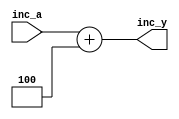
/***********/
/* plus4.v */
/***********/

//              +----+
// inc_a[31:0]->|    |->inc_y[31:0]
//              +----+

module plus4 (inc_a, inc_y);  // 
  input  [31:0]  inc_a;          //  32-bit
  output [31:0]  inc_y;          //  32-bit

  assign inc_y = inc_a + 4;
endmodule